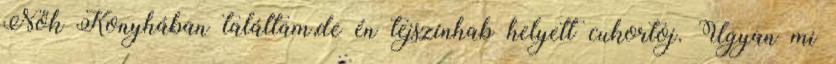
Nők Konyhában találtam,de én tejszínhab helyett cukortoj. Ugyan mi